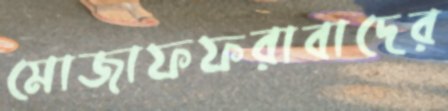
মোজাফফরাবাদের